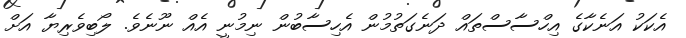
އެކަކު އަނެކާގެ އިހްސާސްތައް ދަނެގަތުމުން އެހިސާބުން ނިމުނީ އެއް ނޫނެވެ. ލޯބިވެރިޔާ އަށް